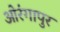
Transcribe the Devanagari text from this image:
ओरंगापुर